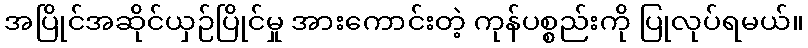
အပြိုင်အဆိုင်ယှဉ်ပြိုင်မှု အားကောင်းတဲ့ ကုန်ပစ္စည်းကို ပြုလုပ်ရမယ်။